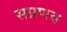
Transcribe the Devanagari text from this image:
सप्रणव